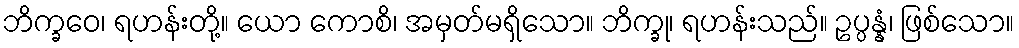
ဘိက္ခဝေ၊ ရဟန်းတို့။ ယော ကောစိ၊ အမှတ်မရှိသော။ ဘိက္ခု၊ ရဟန်းသည်။ ဥပ္ပန္နံ၊ ဖြစ်သော။